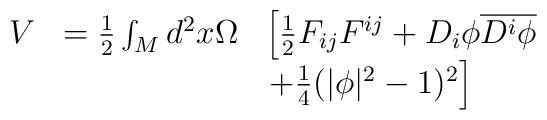
\begin{array}{lll}V & =\frac{1}{2}\int_{M} d^{2}x \Omega  & \left[  \frac{1}{2}F_{ij}F^{ij}+D_{i}\phi\overline{D^{i}\phi} \right. \\ &  & \left. + \frac{1}{4}(|\phi|^{2}-1)^{2}\right]\end{array}